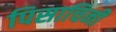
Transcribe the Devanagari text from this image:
पिसाचिनी